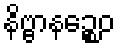
နိဗ္ဗာနဉ္စေဝ